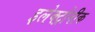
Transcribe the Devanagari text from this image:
इलेक्ट्रोनीक